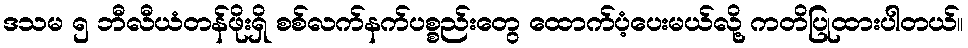
ဒသမ ၅ ဘီလီယံတန်ဖိုးရှိ စစ်လက်နက်ပစ္စည်းတွေ ထောက်ပံ့ပေးမယ်လို့ ကတိပြုထားပါတယ်။